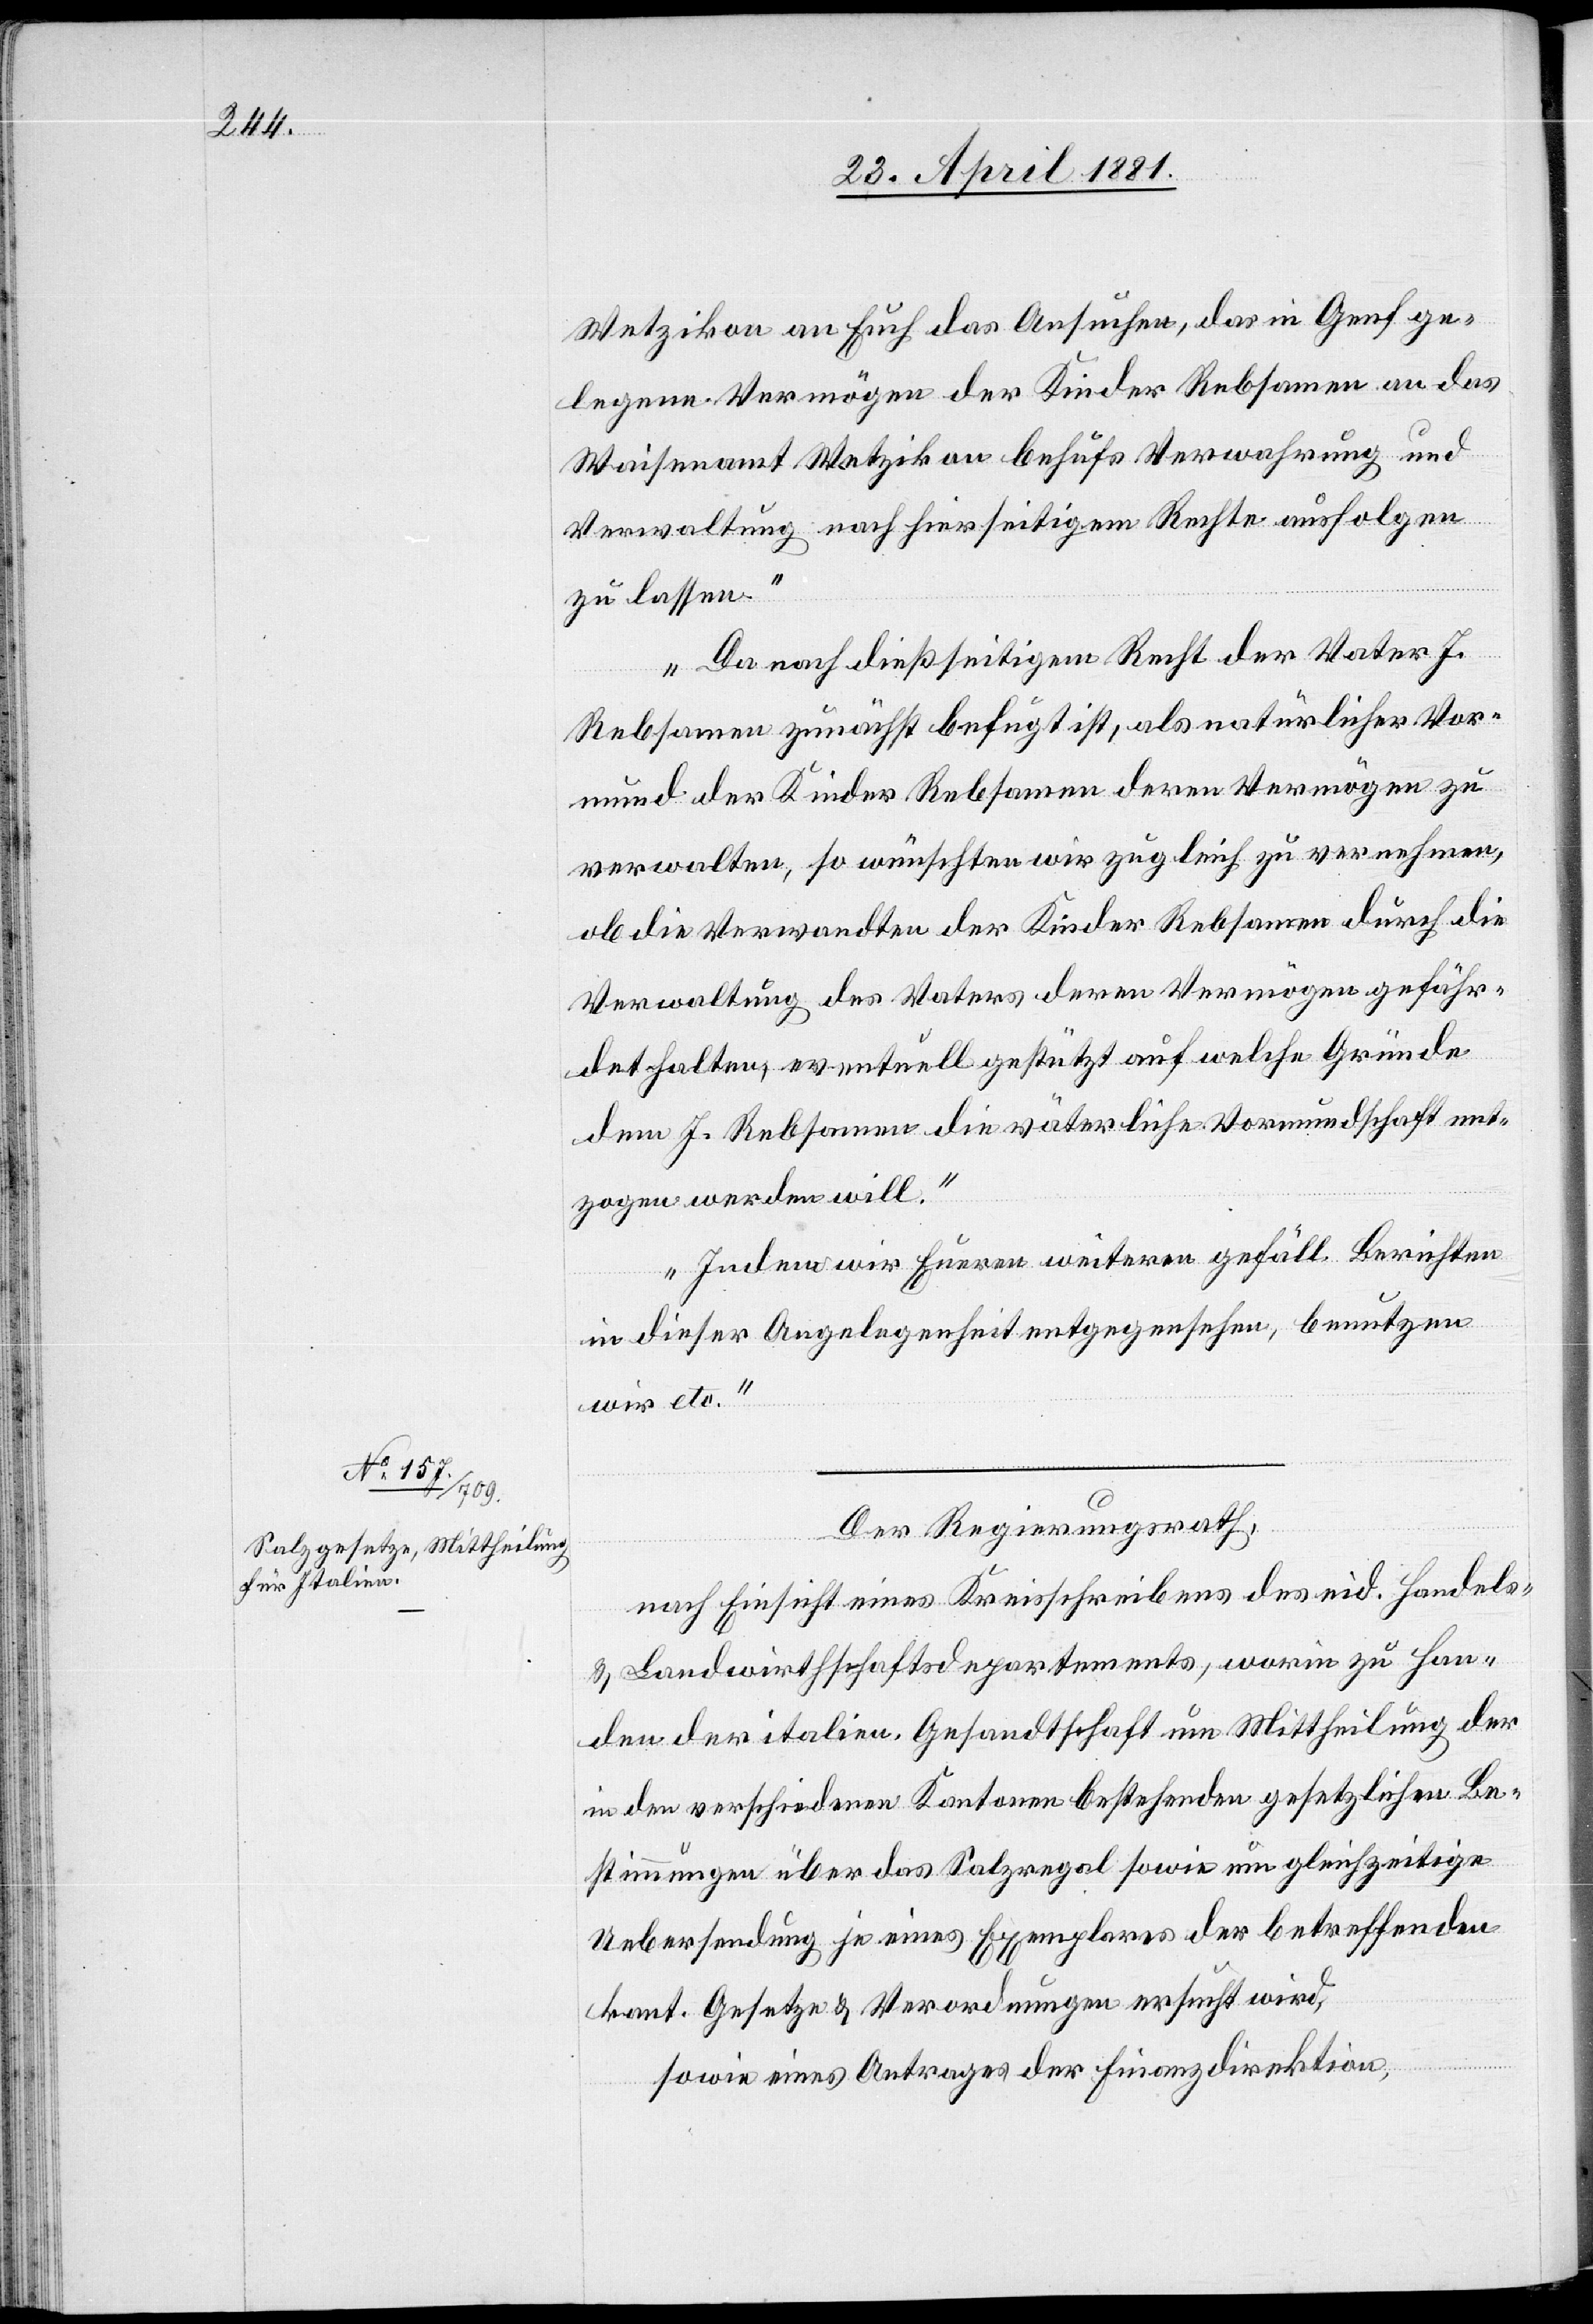
Wetzikon an Euch das Ansuchen, das in Genf ge¬
legene Vermögen der Kinder Rebsamen an das
Waisenamt Wetzikon behufs Verwahrung und
Verwaltung nach hierseitigem Rechte ausfolgen
zu lassen.
Da nach dießseitigem Recht der Vater J.
Rebsamen zunächst befugt ist, als natürlicher Vor¬
mund der Kinder Rebsamen deren Vermögen zu
verwalten, so wünschten wir zugleich zu vernehmen,
ob die Verwandten der Kinder Rebsamen durch die
Verwaltung des Vaters deren Vermögen gefähr¬
det halten, es eventuell gestützt auf welche Gründe
dem J. Rebsamen die väterliche Vormundschaft ent¬
zogen werden will.
Indem wir Euren weiteren gefäll. Berichten
in dieser Angelegenheit entgegensehen, benutzen
wir etc.“
Der Regierungsrath,
nach Einsicht eines Kreisschreibens des eid. Handels-
& Landwirthschaftsdepartements, worin zu Han¬
den der italien. Gesandtschaft um Mittheilung der
in den verschiedenen Kantonen bestehenden gesetzlichen Be¬
stimmungen über das Salzregal sowie um gleichzeitige
Uebersendung je eines Exemplares der betreffenden
kant. Gesetze & Verordnungen ersucht wird,
sowie eines Antrages der Finanzdirektion,